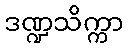
ဒဏ္ဍသိက္ကာ